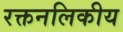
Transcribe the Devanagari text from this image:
रक्तनलिकीय